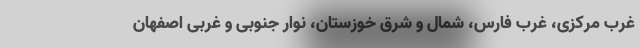
غرب مرکزی، غرب فارس، شمال و شرق خوزستان، نوار جنوبی و غربی اصفهان